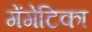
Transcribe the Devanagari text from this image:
गेंगेटिका